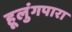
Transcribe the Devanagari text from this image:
हूलुंगपारा